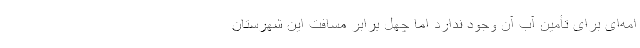
امه‌ای برای تأمین آب آن وجود ندارد اما چهل برابر مسافت این شهرستان